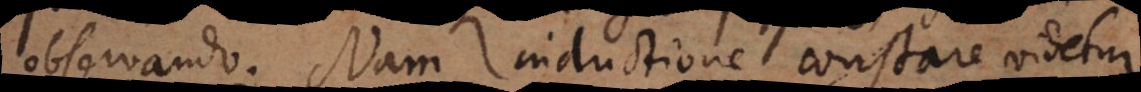
observando. Nam inductione constare videtur